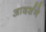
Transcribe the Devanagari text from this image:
आदर्शने